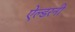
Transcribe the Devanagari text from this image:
ऐल्डरनी